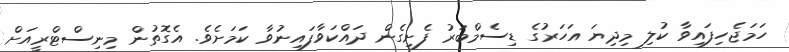
ހަމަޖެހިފައިވާ ކުލި މިދިޔަ އަހަރުގެ ޑިސެމްބަރު ފެށިގެން ދައްކަވާފައިނުވާ ކަމަށެވެ. އެގޮތުން މިނިސްޓްރީއަށް